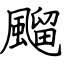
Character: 飀